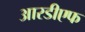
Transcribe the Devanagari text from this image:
आरडीएफ